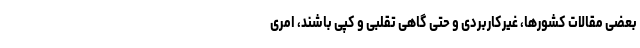
بعضی مقالات کشورها، غیرکاربردی و حتی گاهی تقلبی و کپی باشند، امری